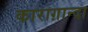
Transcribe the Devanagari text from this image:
काराग़ान्दा